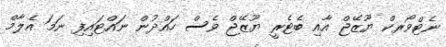
ނެޓްވޯރކް ޔޫޒޭޖް އާއި ބެޓެރީ ޔޫޒޭޖް ވެސް ހައްދުން ނައްޓައިފި ނަމަ އެލާމް